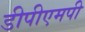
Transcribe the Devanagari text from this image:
डीपीएमपी